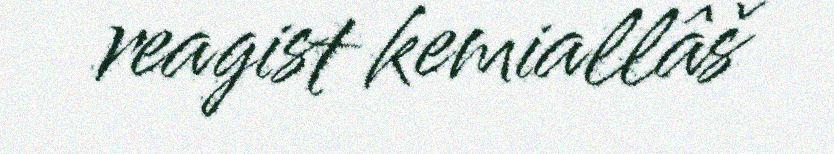
reagist kemiallâš